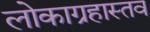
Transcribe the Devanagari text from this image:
लोकाग्रहास्तव